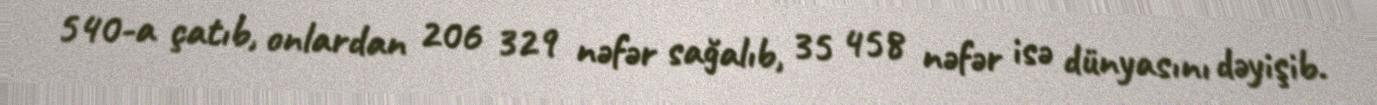
540-a çatıb, onlardan 206 329 nəfər sağalıb, 35 458 nəfər isə dünyasını dəyişib.